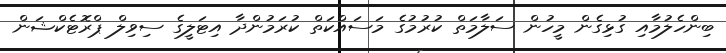
ބިންހެލުމާއި ގުޅިގެން މީހުން ސަލާމަތް ކުރުމުގެ މަސައްކަތް ކުރަމުންދާ އިޓަލީގެ ސިވިލް ޕްރޮޓެކްޝަން